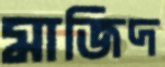
মাজিদ